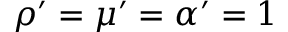
\rho ^ { \prime } = \mu ^ { \prime } = \alpha ^ { \prime } = 1